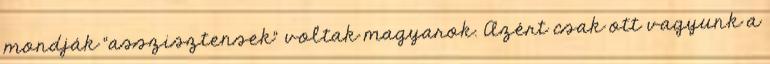
mondják “asszisztensek” voltak magyarok. Azért csak ott vagyunk a